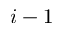
i - 1